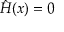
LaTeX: { \hat { H } } ( x ) = 0